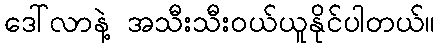
ဒေါ်လာနဲ့ အသီးသီးဝယ်ယူနိုင်ပါတယ်။